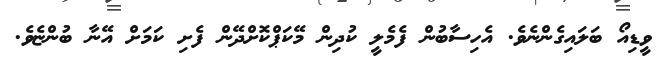
ވީޑިއޯ ބަލައިގެންނެވެ. އެހިސާބުން ފެމެލީ ކުދިން މޭކަޕްކޮށްދޭން ފެށި ކަމަށް އޭނާ ބުންޏެވެ.